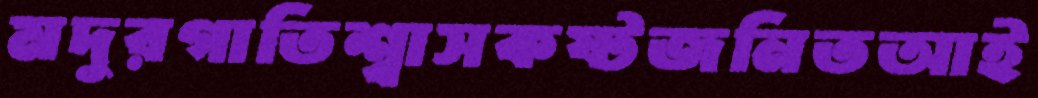
মদুরগাতিশ্বাসকষ্টজনিতআই